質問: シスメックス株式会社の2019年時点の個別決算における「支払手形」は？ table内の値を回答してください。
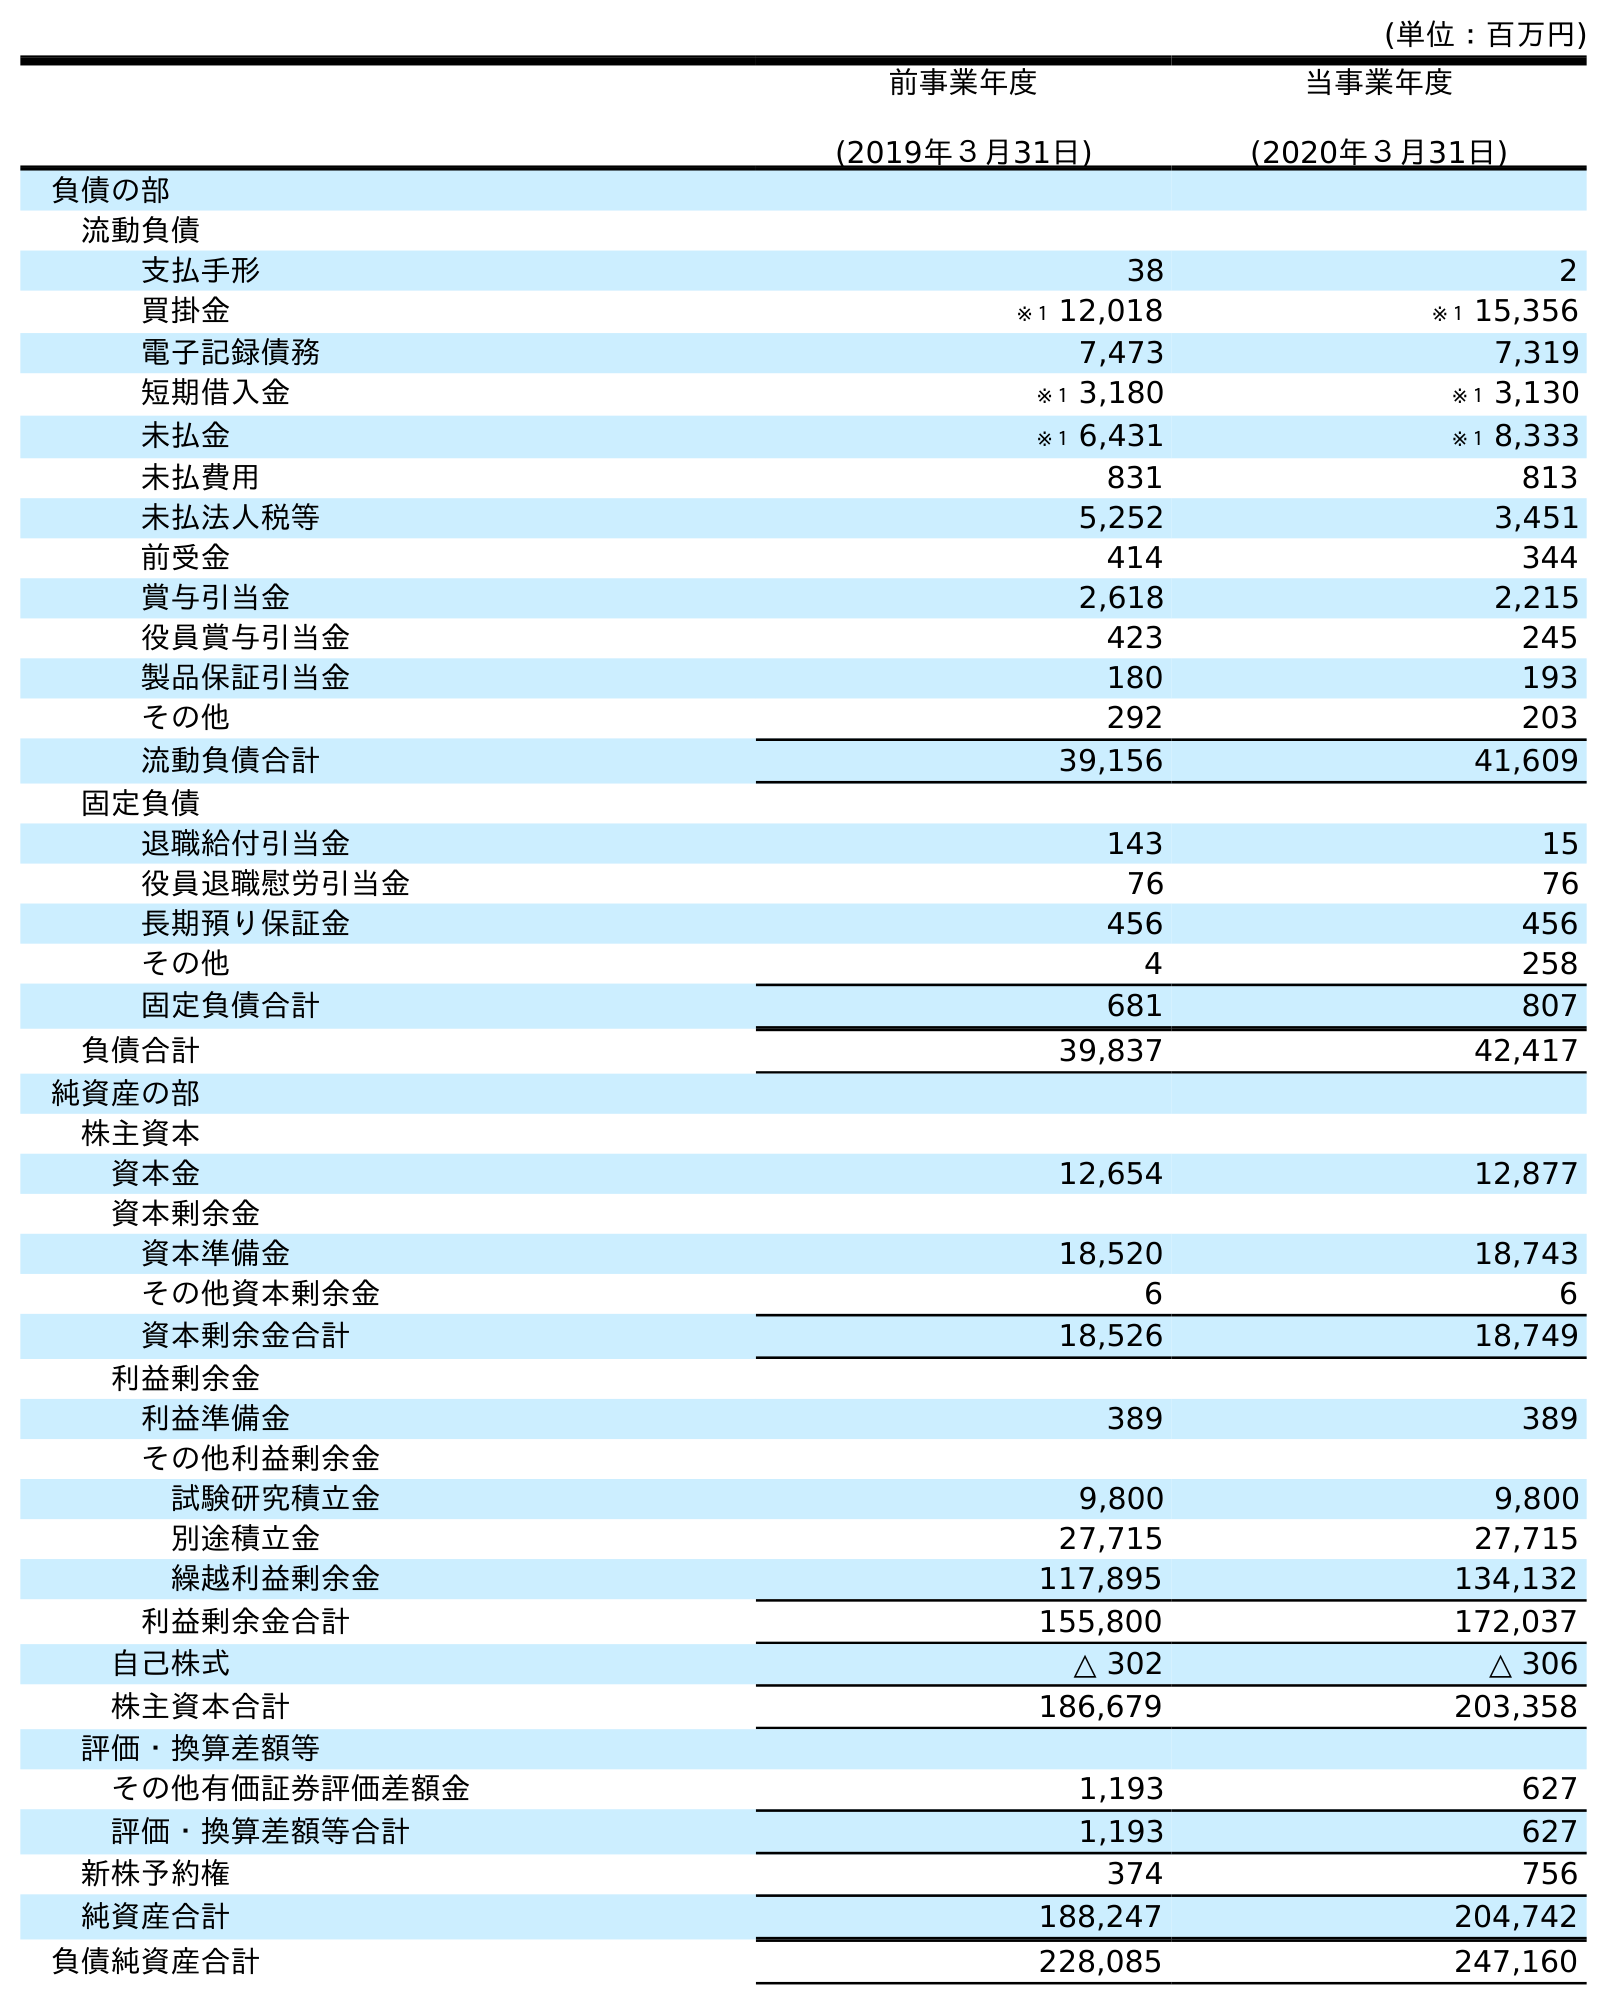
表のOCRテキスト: (単位：百万円) 前事業年度 (2019年３月31日) 当事業年度 (2020年３月31日) 負債の部 流動負債 支払手形 38 2 買掛金 ※１ 12,018 ※１ 15,356 電子記録債務 7,473 7,319 短期借入金 ※１ 3,180 ※１ 3,130 未払金 ※１ 6,431 ※１ 8,333 未払費用 831 813 未払法人税等 5,252 3,451 前受金 414 344 賞与引当金 2,618 2,215 役員賞与引当金 423 245 製品保証引当金 180 193 その他 292 203 流動負債合計 39,156 41,609 固定負債 退職給付引当金 143 15 役員退職慰労引当金 76 76 長期預り保証金 456 456 その他 4 258 固定負債合計 681 807 負債合計 39,837 42,417 純資産の部 株主資本 資本金 12,654 12,877 資本剰余金 資本準備金 18,520 18,743 その他資本剰余金 6 6 資本剰余金合計 18,526 18,749 利益剰余金 利益準備金 389 389 その他利益剰余金 試験研究積立金 9,800 9,800 別途積立金 27,715 27,715 繰越利益剰余金 117,895 134,132 利益剰余金合計 155,800 172,037 自己株式 △ 302 △ 306 株主資本合計 186,679 203,358 評価・換算差額等 その他有価証券評価差額金 1,193 627 評価・換算差額等合計 1,193 627 新株予約権 374 756 純資産合計 188,247 204,742 負債純資産合計 228,085 247,160
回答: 38